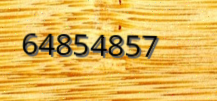
64854857